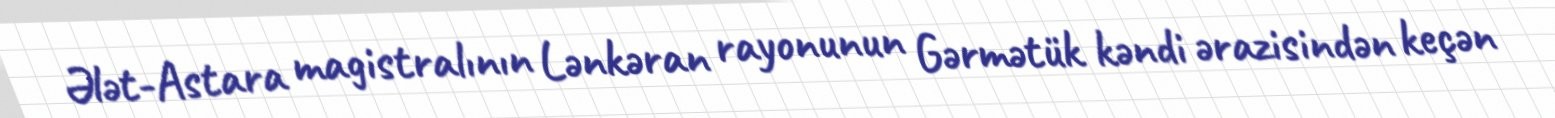
Ələt-Astara magistralının Lənkəran rayonunun Gərmətük kəndi ərazisindən keçən